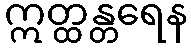
ဣတ္ထန္တရေန